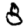
Digit: 8